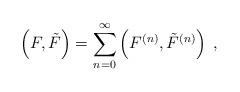
LaTeX: \begin{align*}\left(F,{\tilde F} \right)=\sum\limits_{n=0}^{\infty}\left(F^{(n)},{\tilde F}^{(n)}\right)\;,\end{align*}